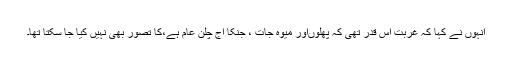
انہوں نے کہا کہ غربت اس قدر تھی کہ پھلوںاور میوہ جات ، جنکا آج چلن عام ہے،کا تصور بھی نہیں کیا جا سکتا تھا۔